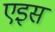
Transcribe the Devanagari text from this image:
एइस